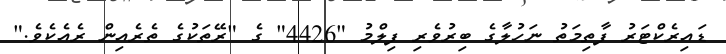
ޑައިރެކްޓަރު ފާތިމަތު ނަހުލާގެ ބިރުވެރި ފިލްމު "4426" ގެ "ރޭތަކުގެ ތެރެއިން ރެއެކެވެ."